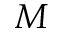
M